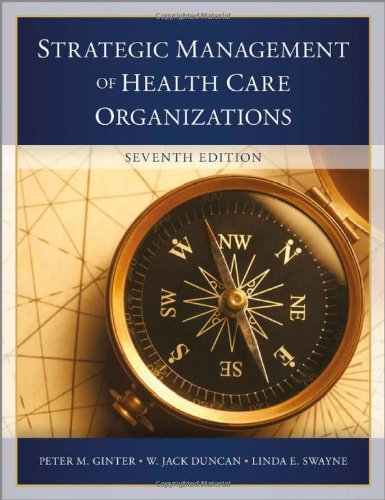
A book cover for The Strategic Management of Health Care Organizations; Peter M. Ginter; Medical Books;